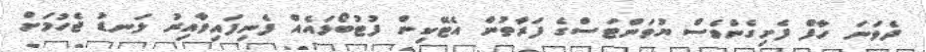
ދެވަނަ ހާފް ފެށިގެންވެސް ޔުވަންޓަސްގެ ފަރާތުން އެޓޭކިން ފުޓުބޯޅައެއް ފެނިފައިވާއިރު ލަނޑު ޖެހުމަށް